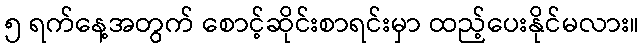
၅ ရက်နေ့အတွက် စောင့်ဆိုင်းစာရင်းမှာ ထည့်ပေးနိုင်မလား။